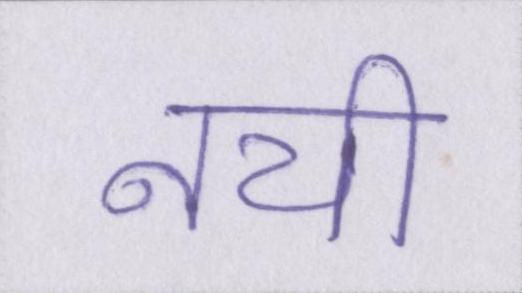
नयी